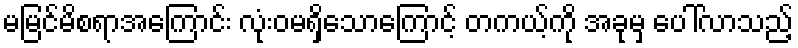
မမြင်မိစရာအကြောင်း လုံးဝမရှိသောကြောင့် တကယ့်ကို အခုမှ ပေါ်လာသည့်